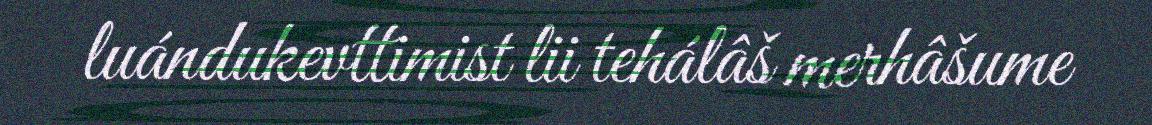
luándukevttimist lii tehálâš merhâšume